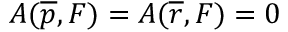
A ( \overline { { { p } } } , F ) = A ( \overline { { { r } } } , F ) = 0